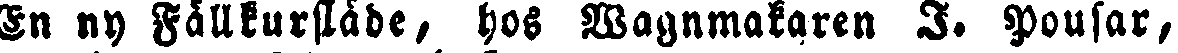
En ny Fällkurslåde, hos Wagnmakaren I. Pousar,